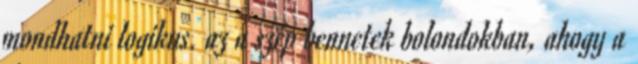
mondhatni logikus. az a szép bennetek bolondokban, ahogy a